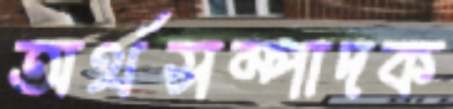
অর্থসম্পাদক